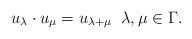
LaTeX: \begin{align*} u_\lambda \cdot u_\mu = u_{\lambda + \mu} \; \; \lambda, \mu \in \Gamma.\end{align*}